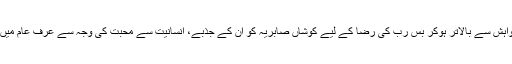
مال و زر، شہرت اور نام وری کی خواہش سے بالاتر ہوکر بس رب کی رضا کے لیے کوشاں صابریہ کو ان کے جذبے، انسانیت سے محبت کی وجہ سے عرفِ عام میں مسلمانوں کی مدر ٹریسا کہا جاتا ہے۔